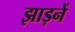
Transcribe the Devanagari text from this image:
झाड़नें